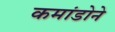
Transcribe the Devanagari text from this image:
कमांडोने